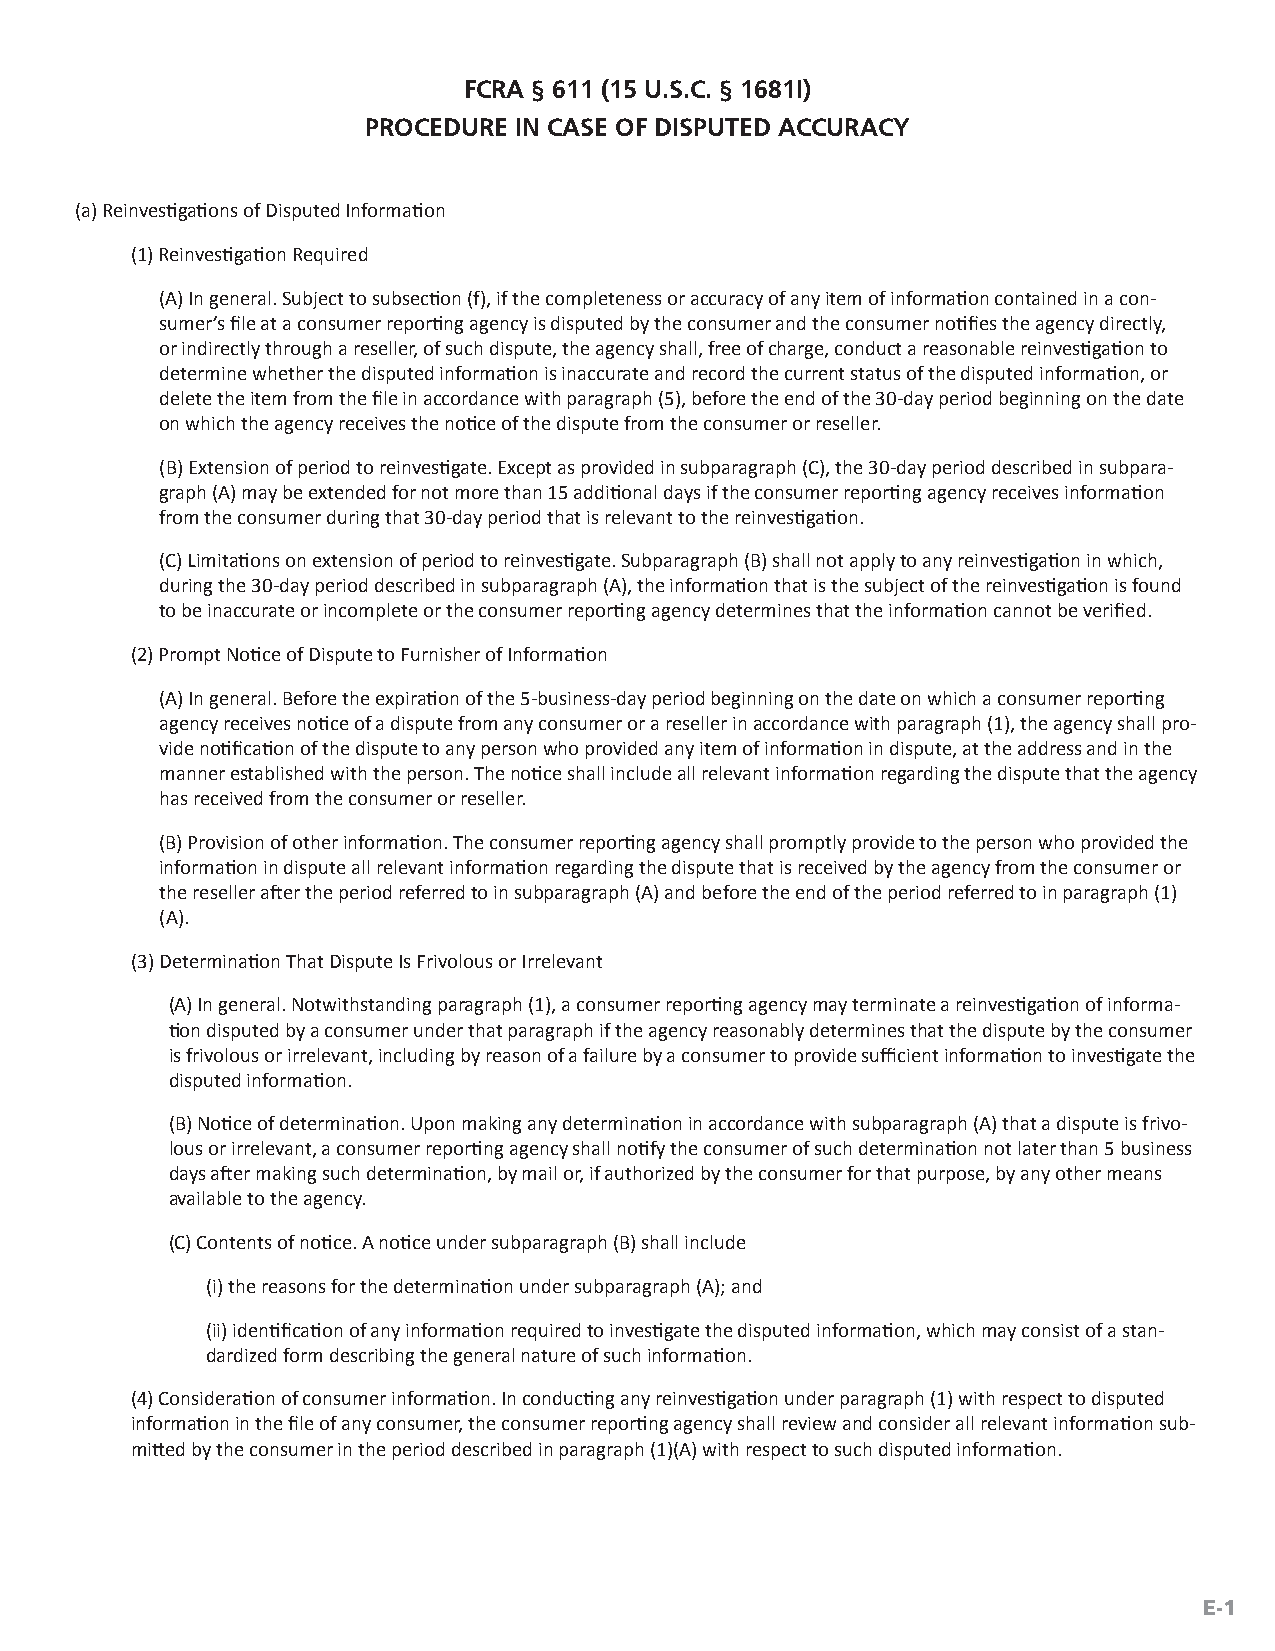
FCRA § 611 (15 U.S.C. § 1681I)
 PROCEDURE IN CASE OF DISPUTED ACCURACY
 (a) Reinvestigations of Disputed Information
 (1) Reinvestigation Required
 (A) In general. Subject to subsection (f), if the completeness or accuracy of any item of information contained in a con-
 sumer’s file at a consumer reporting agency is disputed by the consumer and the consumer notifies the agency directly,
 or indirectly through a reseller, of such dispute, the agency shall, free of charge, conduct a reasonable reinvestigation to
 determine whether the disputed information is inaccurate and record the current status of the disputed information, or
 delete the item from the file in accordance with paragraph (5), before the end of the 30-day period beginning on the date
 on which the agency receives the notice of the dispute from the consumer or reseller.
 (B) Extension of period to reinvestigate. Except as provided in subparagraph (C), the 30-day period described in subpara-
 graph (A) may be extended for not more than 15 additional days if the consumer reporting agency receives information
 from the consumer during that 30-day period that is relevant to the reinvestigation.
 (C) Limitations on extension of period to reinvestigate. Subparagraph (B) shall not apply to any reinvestigation in which,
 during the 30-day period described in subparagraph (A), the information that is the subject of the reinvestigation is found
 to be inaccurate or incomplete or the consumer reporting agency determines that the information cannot be verified.
 (2) Prompt Notice of Dispute to Furnisher of Information
 (A) In general. Before the expiration of the 5-business-day period beginning on the date on which a consumer reporting
 agency receives notice of a dispute from any consumer or a reseller in accordance with paragraph (1), the agency shall pro-
 vide notification of the dispute to any person who provided any item of information in dispute, at the address and in the
 manner established with the person. The notice shall include all relevant information regarding the dispute that the agency
 has received from the consumer or reseller.
 (B) Provision of other information. The consumer reporting agency shall promptly provide to the person who provided the
 information in dispute all relevant information regarding the dispute that is received by the agency from the consumer or
 the reseller after the period referred to in subparagraph (A) and before the end of the period referred to in paragraph (1)
 (A).
 (3) Determination That Dispute Is Frivolous or Irrelevant
 (A) In general. Notwithstanding paragraph (1), a consumer reporting agency may terminate a reinvestigation of informa-
 tion disputed by a consumer under that paragraph if the agency reasonably determines that the dispute by the consumer
 is frivolous or irrelevant, including by reason of a failure by a consumer to provide sufficient information to investigate the
 disputed information.
 (B) Notice of determination. Upon making any determination in accordance with subparagraph (A) that a dispute is frivo-
 lous or irrelevant, a consumer reporting agency shall notify the consumer of such determination not later than 5 business
 days after making such determination, by mail or, if authorized by the consumer for that purpose, by any other means
 available to the agency.
 (C) Contents of notice. A notice under subparagraph (B) shall include
 (i) the reasons for the determination under subparagraph (A); and
 (ii) identification of any information required to investigate the disputed information, which may consist of a stan-
 dardized form describing the general nature of such information.
 (4) Consideration of consumer information. In conducting any reinvestigation under paragraph (1) with respect to disputed
 information in the file of any consumer, the consumer reporting agency shall review and consider all relevant information sub-
 mitted by the consumer in the period described in paragraph (1)(A) with respect to such disputed information.
 E-1